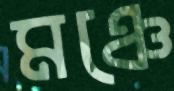
মঞ্চে